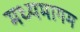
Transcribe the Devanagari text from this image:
मध्यमागम